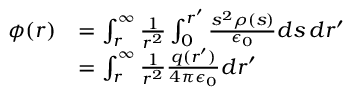
\begin{array} { r l } { \phi ( r ) } & { = \int _ { r } ^ { \infty } \frac { 1 } { r ^ { 2 } } \int _ { 0 } ^ { r ^ { \prime } } \frac { s ^ { 2 } \rho ( s ) } { \epsilon _ { 0 } } d s \, d r ^ { \prime } } \\ & { = \int _ { r } ^ { \infty } \frac { 1 } { r ^ { 2 } } \frac { q ( r ^ { \prime } ) } { 4 \pi \epsilon _ { 0 } } d r ^ { \prime } } \end{array}